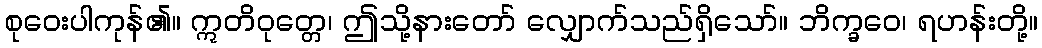
စုဝေးပါကုန်၏။ ဣတိဝုတ္တေ၊ ဤသို့နားတော် လျှောက်သည်ရှိသော်။ ဘိက္ခဝေ၊ ရဟန်းတို့။